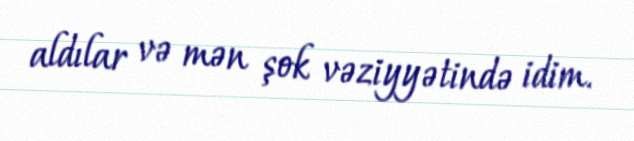
aldılar və mən şok vəziyyətində idim.